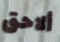
ألاحق